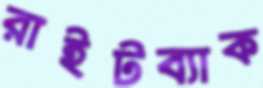
রাইটব্যাক